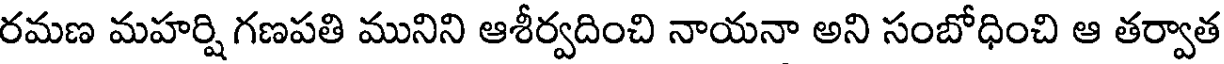
రమణ మహర్షి గణపతి మునిని ఆశీర్వదించి నాయనా అని సంబోధించి ఆ తర్వాత